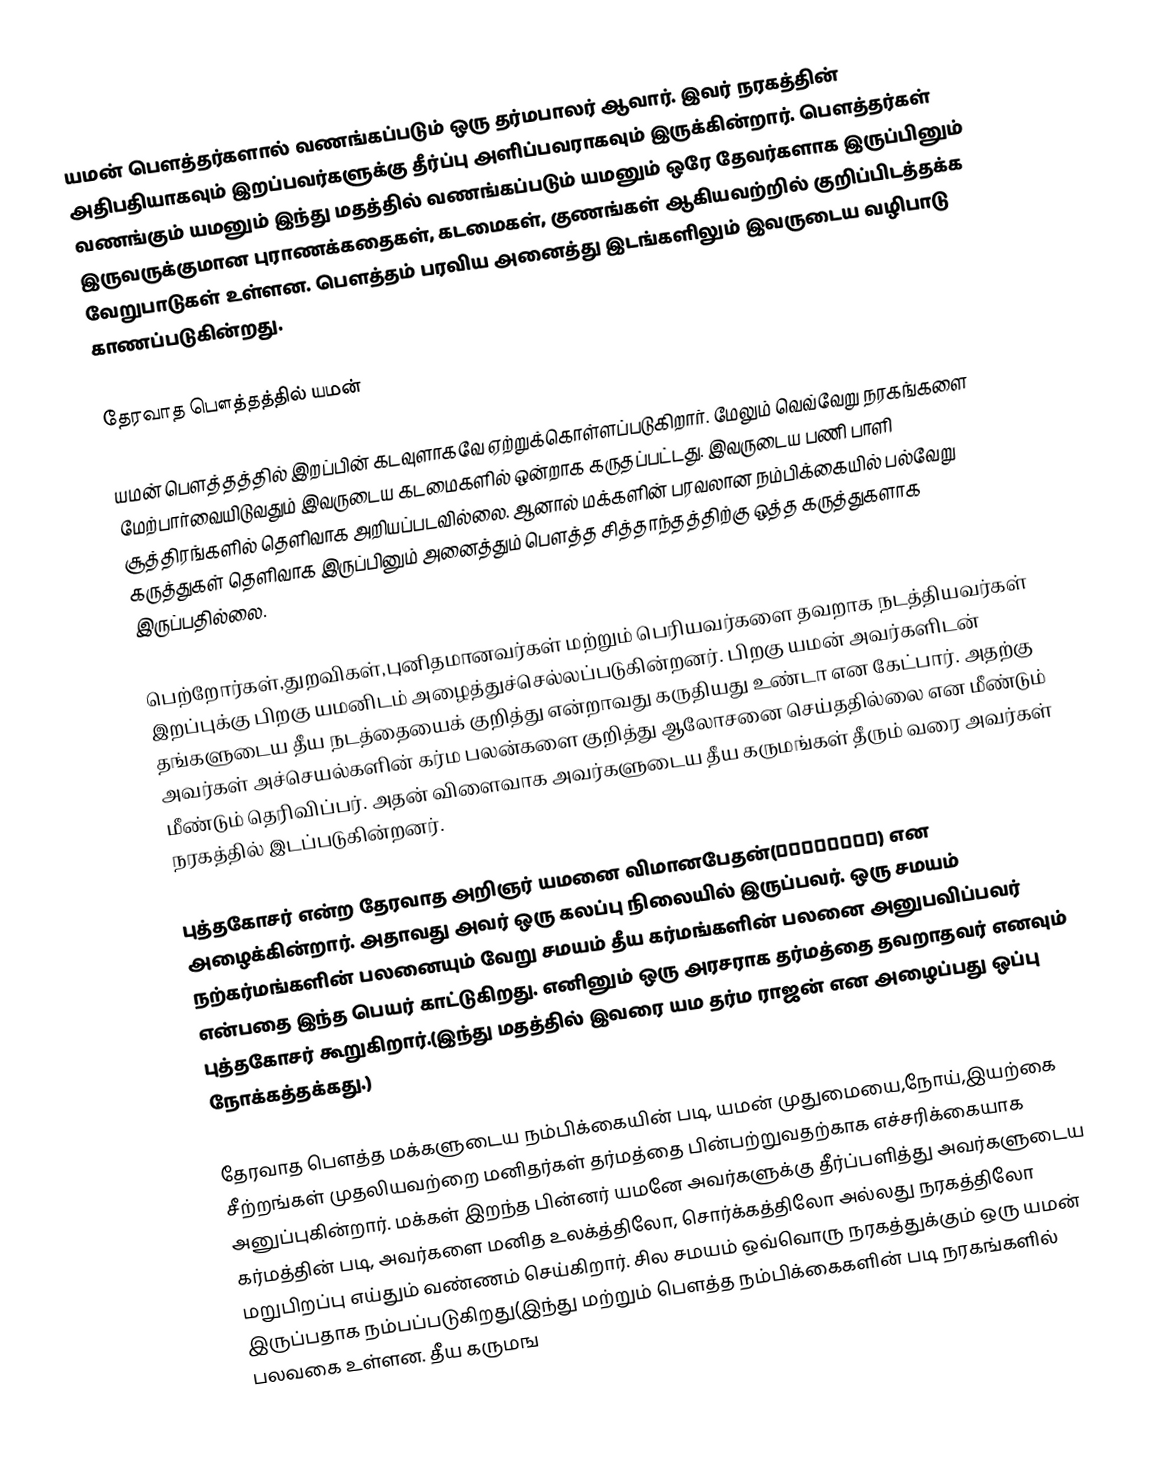
யமன் பௌத்தர்களால் வணங்கப்படும் ஒரு தர்மபாலர் ஆவார். இவர் நரகத்தின் அதிபதியாகவும் இறப்பவர்களுக்கு தீர்ப்பு அளிப்பவராகவும் இருக்கின்றார். பௌத்தர்கள் வணங்கும் யமனும் இந்து மதத்தில் வணங்கப்படும் யமனும் ஒரே தேவர்களாக இருப்பினும் இருவருக்குமான புராணக்கதைகள், கடமைகள், குணங்கள் ஆகியவற்றில் குறிப்பிடத்தக்க வேறுபாடுகள்  உள்ளன. பௌத்தம் பரவிய அனைத்து இடங்களிலும் இவருடைய வழிபாடு காணப்படுகின்றது.

தேரவாத பௌத்தத்தில் யமன்

யமன் பௌத்தத்தில் இறப்பின் கடவுளாகவே ஏற்றுக்கொள்ளப்படுகிறார். மேலும் வெவ்வேறு நரகங்களை மேற்பார்வையிடுவதும் இவருடைய கடமைகளில் ஒன்றாக கருதப்பட்டது. இவருடைய பணி பாளி சூத்திரங்களில் தெளிவாக அறியப்படவில்லை. ஆனால் மக்களின் பரவலான நம்பிக்கையில் பல்வேறு கருத்துகள் தெளிவாக இருப்பினும் அனைத்தும் பௌத்த சித்தாந்தத்திற்கு ஒத்த கருத்துகளாக இருப்பதில்லை.

பெற்றோர்கள்,துறவிகள்,புனிதமானவர்கள் மற்றும் பெரியவர்களை தவறாக நடத்தியவர்கள் இறப்புக்கு பிறகு யமனிடம் அழைத்துச்செல்லப்படுகின்றனர். பிறகு யமன் அவர்களிடன் தங்களுடைய தீய நடத்தையைக் குறித்து என்றாவது கருதியது உண்டா என கேட்பார். அதற்கு அவர்கள் அச்செயல்களின் கர்ம பலன்களை குறித்து ஆலோசனை செய்ததில்லை என மீண்டும் மீண்டும் தெரிவிப்பர். அதன் விளைவாக அவர்களுடைய தீய கருமங்கள் தீரும் வரை அவர்கள் நரகத்தில் இடப்படுகின்றனர்.

புத்தகோசர் என்ற தேரவாத அறிஞர் யமனை விமானபேதன்(विमानपेत) என அழைக்கின்றார். அதாவது அவர் ஒரு கலப்பு நிலையில் இருப்பவர். ஒரு சமயம் நற்கர்மங்களின் பலனையும் வேறு சமயம் தீய கர்மங்களின் பலனை அனுபவிப்பவர் என்பதை இந்த பெயர் காட்டுகிறது. எனினும் ஒரு அரசராக தர்மத்தை தவறாதவர் எனவும் புத்தகோசர் கூறுகிறார்.(இந்து மதத்தில் இவரை யம தர்ம ராஜன் என அழைப்பது ஒப்பு நோக்கத்தக்கது.)

தேரவாத பௌத்த மக்களுடைய  நம்பிக்கையின் படி, யமன் முதுமையை,நோய்,இயற்கை சீற்றங்கள் முதலியவற்றை மனிதர்கள் தர்மத்தை பின்பற்றுவதற்காக எச்சரிக்கையாக அனுப்புகின்றார். மக்கள் இறந்த பின்னர் யமனே அவர்களுக்கு தீர்ப்பளித்து அவர்களுடைய கர்மத்தின் படி, அவர்களை மனித உலக்த்திலோ, சொர்க்கத்திலோ அல்லது நரகத்திலோ மறுபிறப்பு எய்தும் வண்ணம் செய்கிறார். சில சமயம் ஒவ்வொரு நரகத்துக்கும் ஒரு யமன் இருப்பதாக நம்பப்படுகிறது(இந்து மற்றும் பௌத்த நம்பிக்கைகளின் படி நரகங்களில் பலவகை உள்ளன. தீய கருமங